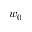
w _ { 0 }